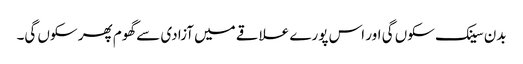
بدن سینک سکوں گی اور اس پورے علاقے میں آزادی سے گھوم پھر سکوں گی۔